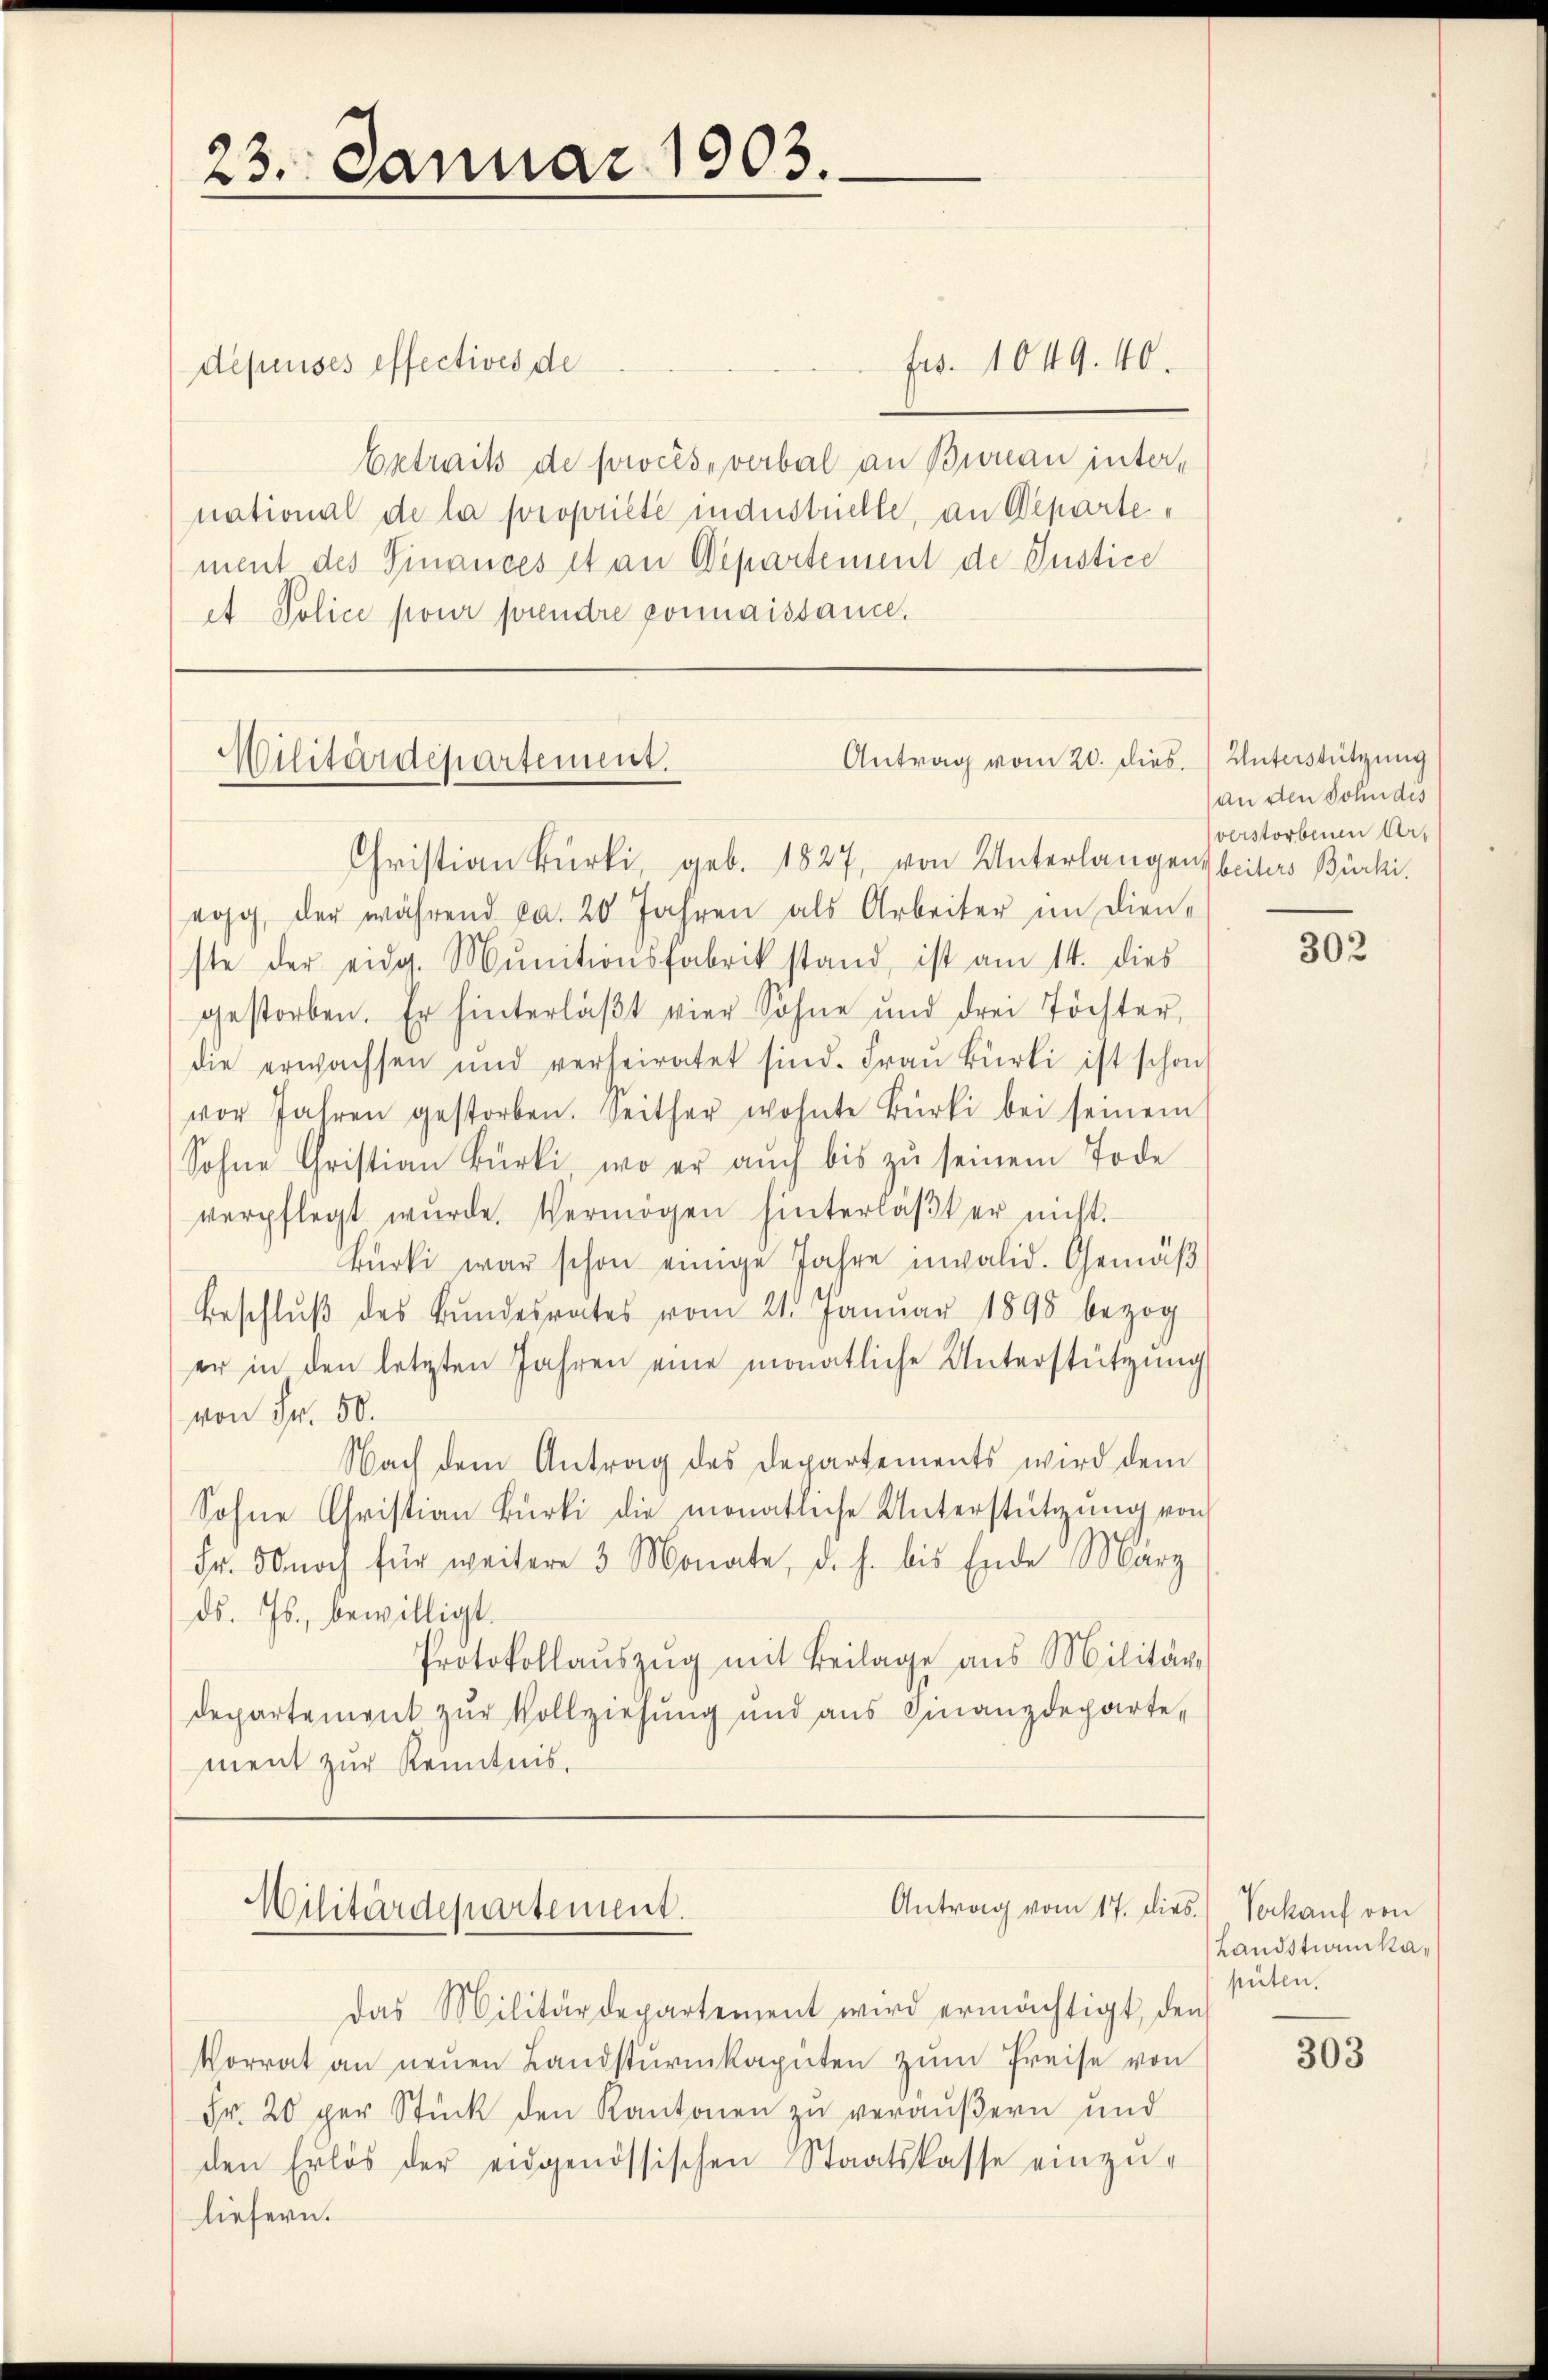
23. Januar 1903.

depuises effectives de
Getrais de procès-verbal an Buonau international de la propriété industrielle, an Departement des Finances et an Departement de Justice
et Police pour prendre ponnaissance.

eog, der während ca. 20 Jahren als Arbeiter im Dienste der eidg. Munitionsfabrik stand, ist am 14. dies
gestorben. Er hinterläβt vier Sohne und drei Töchter,
die erwachsen und verheiratet sind. Fraŭ Bürli ist schon
vor Jahren gestorben. Seither wohnte Bürki bei seinem
Sohne Christian Bürki, wo er auch bis zu seinem Tode
verpflegt wŭrde, Vermögen hinterlaβt er nicht.
Bürki war schon einige Jahre nivalid. Gemäβ
Beschlŭβ des Bŭndesrates vom 21. Januar 1898 bezog
er in den letzten Jahren eine monatliche Unterstützŭng
von Fr. 50.
Nach dem Antrag des Departements wird dem
Sohne Christian Bürki die monatliche Unterstützŭng von
Fr. noch für weitere 3 Monate, d. h. bis Ende Marz
ds. Js., bewilligt.
Protokollaŭszŭg mit Beilage ans Militär-
departement zur Vollziehung und aus Finanzdeparte,
ment zur Kenntnis,

fes. 1049. 40.

Antrag vom 20. dies.
Militärdepartement.
Christian Bürki, geb. 1827, von Unterlangensbeiters Bürki

Militärdepartement.

das Militärdepartement wird ermächtigt, den
Vorrat an neuen Landsturmkapiten zum Preise von
Fr. 20 per Stück den Kantonen zu veräußern und
den Erlös der eidgenössischen Staatskasse einzŭ-
liefern.

Antrag vom 17. dies.) Verkauf von

Unterstützung
an den Sohn des
sverstorbenen Art

302

Landstianikapüten.

303